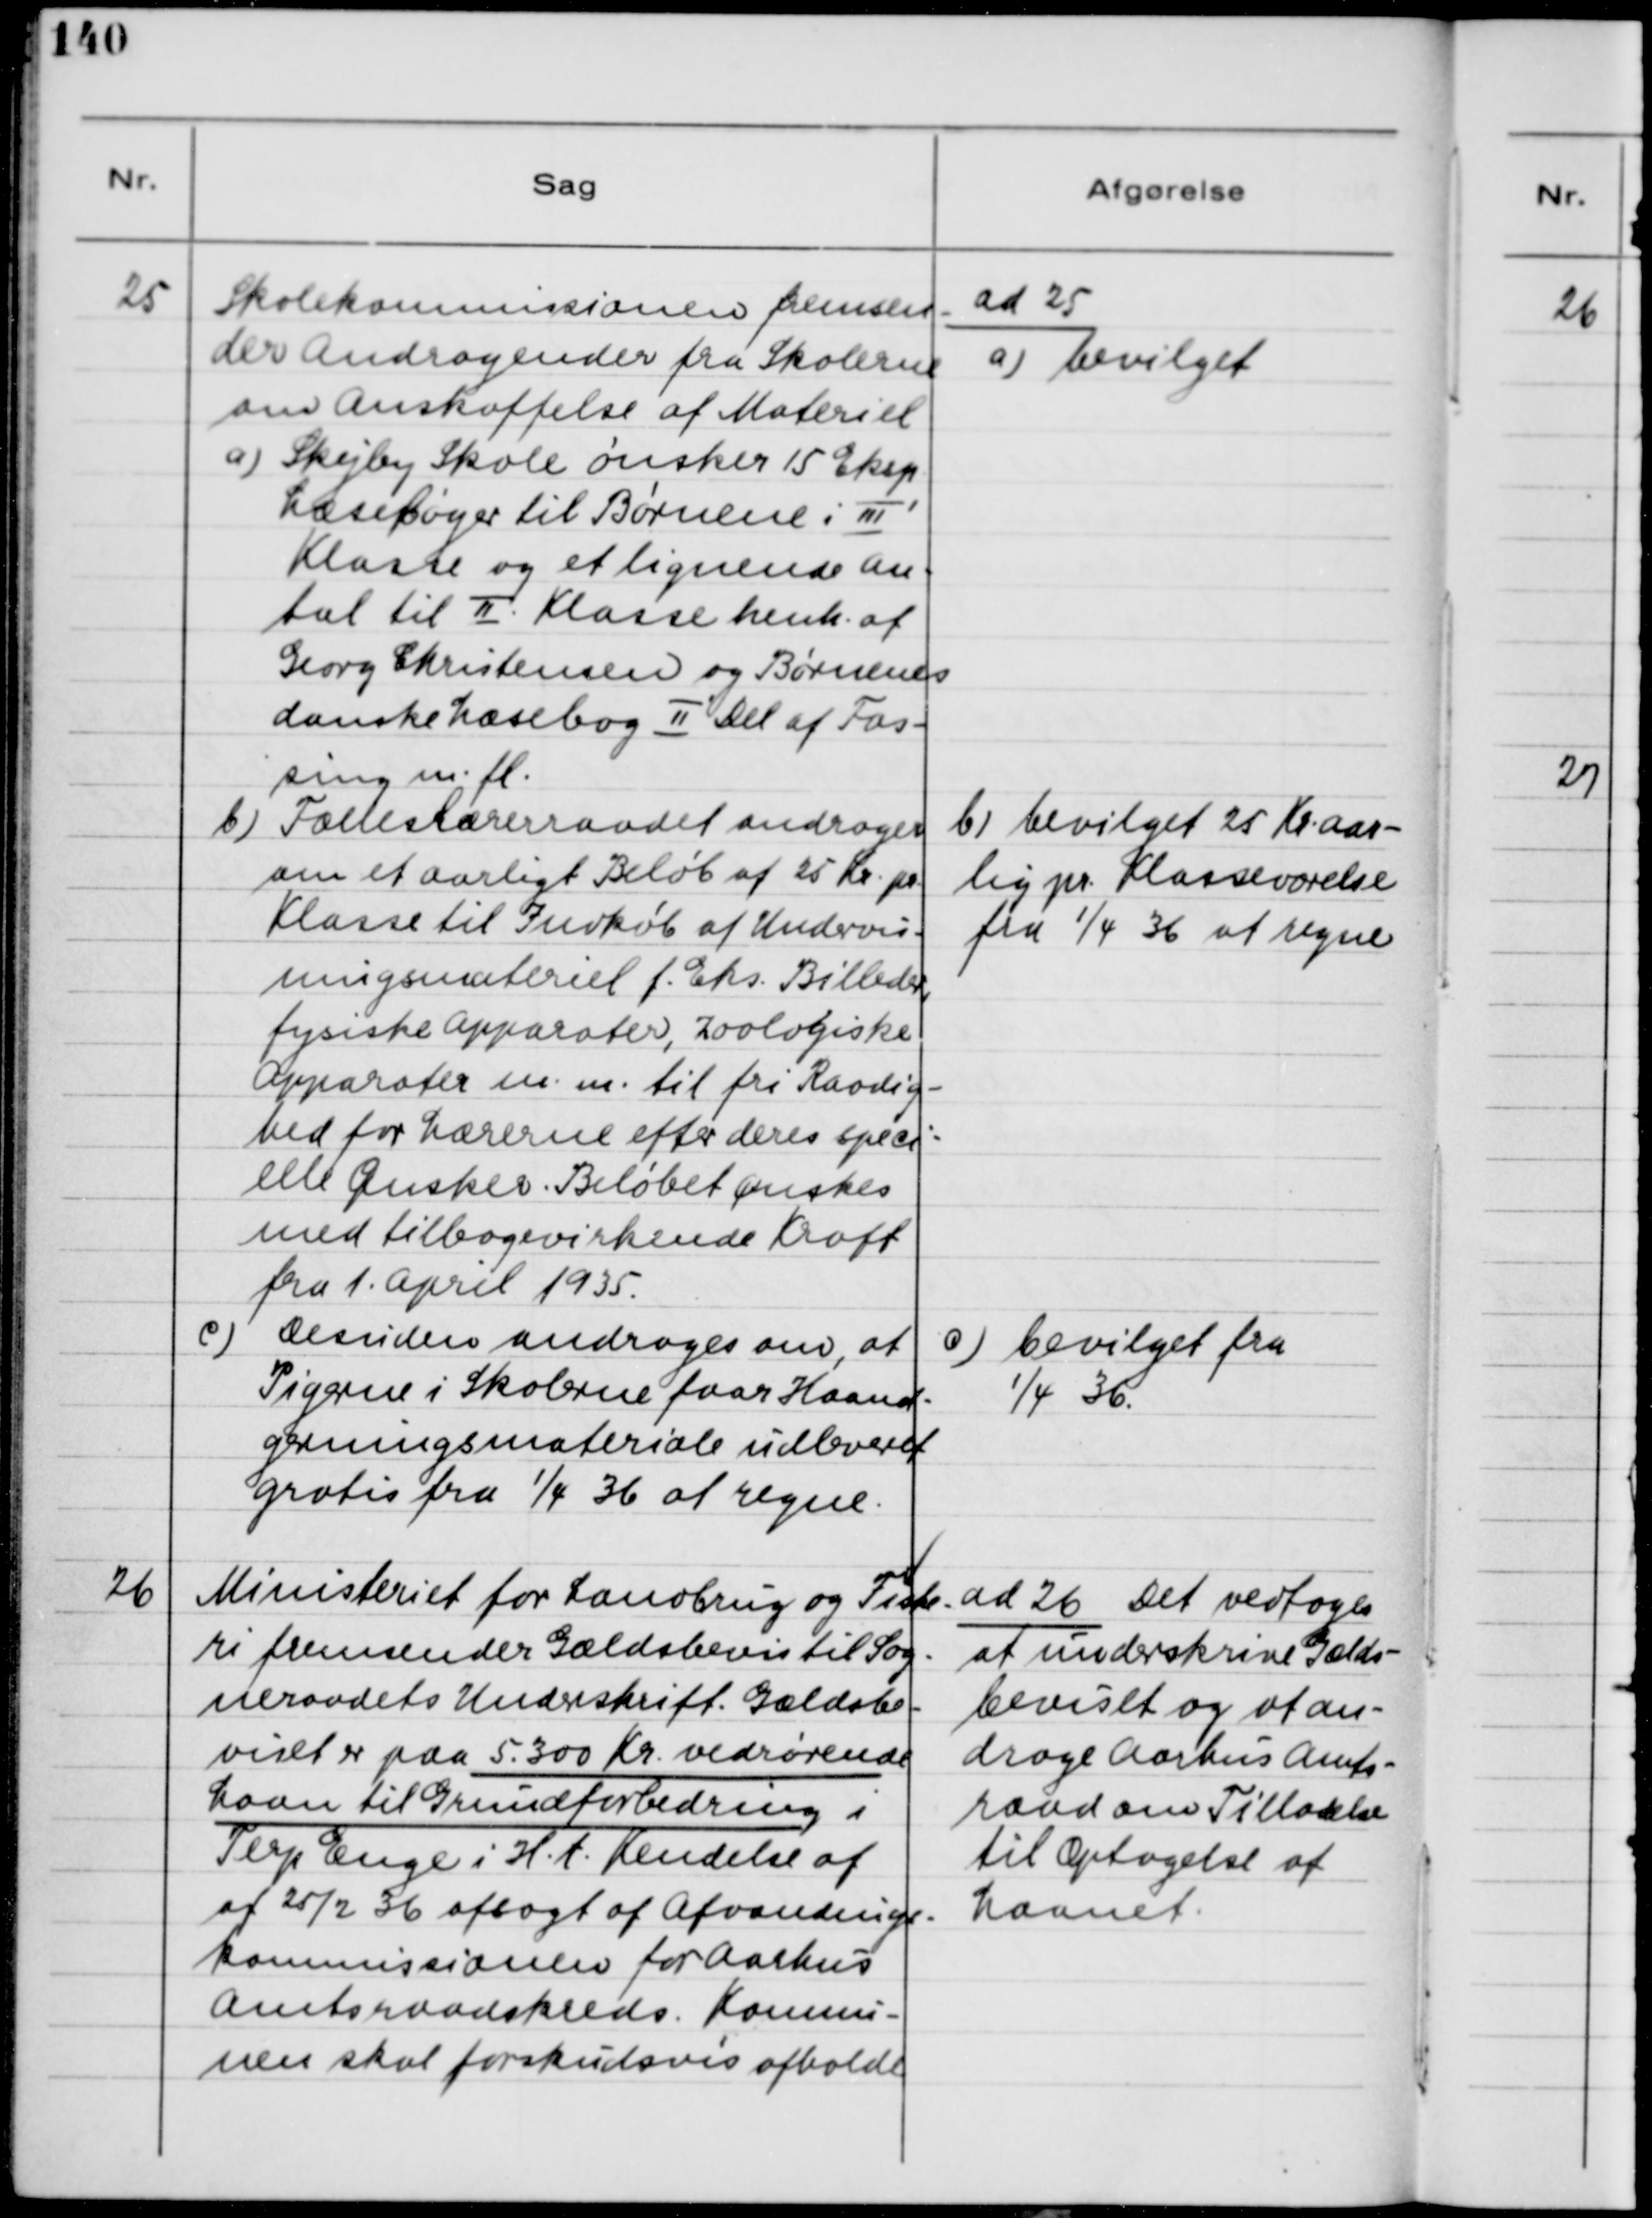
Transskription:
25
Skolekommisionen fremsen-
der Andragende fra Skolerne
om Anskaffelse af Materiel
a) Skejby Skole ønsker 15 Eksp.
Læsebøger til Børnene i Ⅲ'
Klasse og et lignende an-
tal til Ⅱ Klasse hente af
Georg Christensen og Børnenes
danske Læsebog Ⅱ Del af Fos-
sing m.fl.
ad 25
a) bevilget
b) Fælleslærerraadet andrager
om et aarligt Beløb af 25 Kr pr.
Klasse til Indkøb af Undervis-
ningsmateriel f.Eks Billeder,
fysiske Apparater, zoologiske
Apparater m.m til fri Raadig-
hed for Lærerne efter deres speci-
elle Ønsker. Beløbet ønskes
med tilbagevirkende Kraft
fra 1. April 1935
b) bevilget 25 Kr. aar-
lig pr. Klasseværelse
fra 1/4 36 at regne
c) Desuden andrages om, at
Pigerne i Skolerne faar Haand-
gerningsmateriale udleveret
gratis fra 1/4 36 at regne.
c) bevilget fra
1/4 36.
26
Ministeriet for Landbrug og Fiske-
ri fremsender Gældsbevis til Sog-
neraadets Underskrift. Gældsbe-
viset er paa 5.300 Kr. vedrørende
Laan til Grundforbedring i
Terp Enge i H.t. Kendelse af
af 25/2 36 aflagt af Afvandings-
kommissionen for Aarhus
Amtsraadskreds. Kommu-
nen skal forskudsvis afholde
ad 26 Det vedtoges
at underskrive Gælds-
beviset og at an-
drage Aarhus Amts-
raad om Tilladelse
til Optagelse af
Laanet.